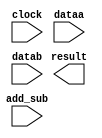
// megafunction wizard: %ALTFP_ADD_SUB%VBB%
// GENERATION: STANDARD
// VERSION: WM1.0
// MODULE: altfp_add_sub 

// ============================================================
// Megafunction Name(s):
// 			altfp_add_sub
//
// Simulation Library Files(s):
// 			lpm
// ============================================================
// ************************************************************
// THIS IS A WIZARD-GENERATED FILE. DO NOT EDIT THIS FILE!
//
// 13.0.1 Build 232 06/12/2013 SP 1 SJ Full Version
// ************************************************************

//Copyright (C) 1991-2013 Altera Corporation
//Your use of Altera Corporation's design tools, logic functions 
//and other software and tools, and its AMPP partner logic 
//functions, and any output files from any of the foregoing 
//(including device programming or simulation files), and any 
//associated documentation or information are expressly subject 
//to the terms and conditions of the Altera Program License 
//Subscription Agreement, Altera MegaCore Function License 
//Agreement, or other applicable license agreement, including, 
//without limitation, that your use is for the sole purpose of 
//programming logic devices manufactured by Altera and sold by 
//Altera or its authorized distributors.  Please refer to the 
//applicable agreement for further details.

module addsub (
	add_sub,
	clock,
	dataa,
	datab,
	result)/* synthesis synthesis_clearbox = 1 */;

	input	  add_sub;
	input	  clock;
	input	[63:0]  dataa;
	input	[63:0]  datab;
	output	[63:0]  result;

endmodule

// ============================================================
// CNX file retrieval info
// ============================================================
// Retrieval info: PRIVATE: FPM_FORMAT NUMERIC "1"
// Retrieval info: PRIVATE: INTENDED_DEVICE_FAMILY STRING "Cyclone IV E"
// Retrieval info: PRIVATE: SYNTH_WRAPPER_GEN_POSTFIX STRING "0"
// Retrieval info: PRIVATE: WIDTH_DATA NUMERIC "64"
// Retrieval info: LIBRARY: altera_mf altera_mf.altera_mf_components.all
// Retrieval info: CONSTANT: DENORMAL_SUPPORT STRING "NO"
// Retrieval info: CONSTANT: DIRECTION STRING "VARIABLE"
// Retrieval info: CONSTANT: INTENDED_DEVICE_FAMILY STRING "Cyclone IV E"
// Retrieval info: CONSTANT: OPTIMIZE STRING "AREA"
// Retrieval info: CONSTANT: PIPELINE NUMERIC "7"
// Retrieval info: CONSTANT: REDUCED_FUNCTIONALITY STRING "NO"
// Retrieval info: CONSTANT: WIDTH_EXP NUMERIC "11"
// Retrieval info: CONSTANT: WIDTH_MAN NUMERIC "52"
// Retrieval info: USED_PORT: add_sub 0 0 0 0 INPUT NODEFVAL "add_sub"
// Retrieval info: USED_PORT: clock 0 0 0 0 INPUT NODEFVAL "clock"
// Retrieval info: USED_PORT: dataa 0 0 64 0 INPUT NODEFVAL "dataa[63..0]"
// Retrieval info: USED_PORT: datab 0 0 64 0 INPUT NODEFVAL "datab[63..0]"
// Retrieval info: USED_PORT: result 0 0 64 0 OUTPUT NODEFVAL "result[63..0]"
// Retrieval info: CONNECT: @add_sub 0 0 0 0 add_sub 0 0 0 0
// Retrieval info: CONNECT: @clock 0 0 0 0 clock 0 0 0 0
// Retrieval info: CONNECT: @dataa 0 0 64 0 dataa 0 0 64 0
// Retrieval info: CONNECT: @datab 0 0 64 0 datab 0 0 64 0
// Retrieval info: CONNECT: result 0 0 64 0 @result 0 0 64 0
// Retrieval info: GEN_FILE: TYPE_NORMAL addsub.v TRUE
// Retrieval info: GEN_FILE: TYPE_NORMAL addsub.inc FALSE
// Retrieval info: GEN_FILE: TYPE_NORMAL addsub.cmp FALSE
// Retrieval info: GEN_FILE: TYPE_NORMAL addsub.bsf FALSE
// Retrieval info: GEN_FILE: TYPE_NORMAL addsub_inst.v FALSE
// Retrieval info: GEN_FILE: TYPE_NORMAL addsub_bb.v TRUE
// Retrieval info: LIB_FILE: lpm